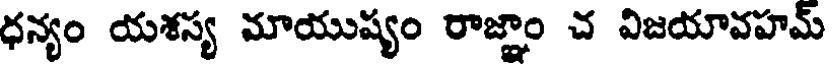
ధన్యం యశస్య మాయుష్యం రాజ్ఞాం చ విజయావహమ్